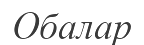
Обалар